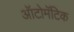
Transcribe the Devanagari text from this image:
ऑटोमॅटिक